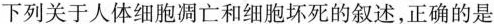
下列关于人体细胞凋亡和细胞坏死的叙述,正确的是